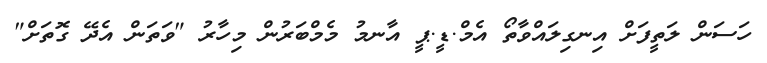
ހަސަން ލަތީފަށް އިނގިލައްވާތޯ އެމް.ޑީ.ޕީ އާނމު މެމްބަރުން މިހާރު "ވަތަން އެދޭ ގޮތަށް"